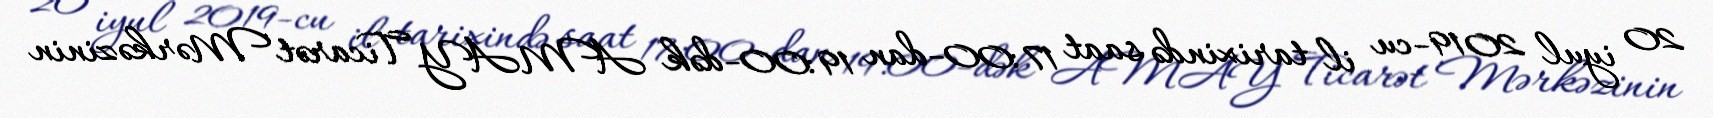
20 iyul 2019-cu il tarixində saat 17:00-dan 19:00-dək AMAY Ticarət Mərkəzinin